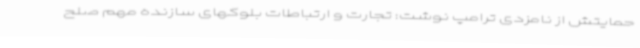
حمایتش از نامزدی ترامپ نوشت: تجارت و ارتباطات بلوکهای سازنده مهم صلح